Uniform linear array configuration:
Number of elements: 48
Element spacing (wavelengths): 0.5
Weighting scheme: hann
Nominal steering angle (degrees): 30
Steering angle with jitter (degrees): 30.272
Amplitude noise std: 0.05
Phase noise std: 0.05

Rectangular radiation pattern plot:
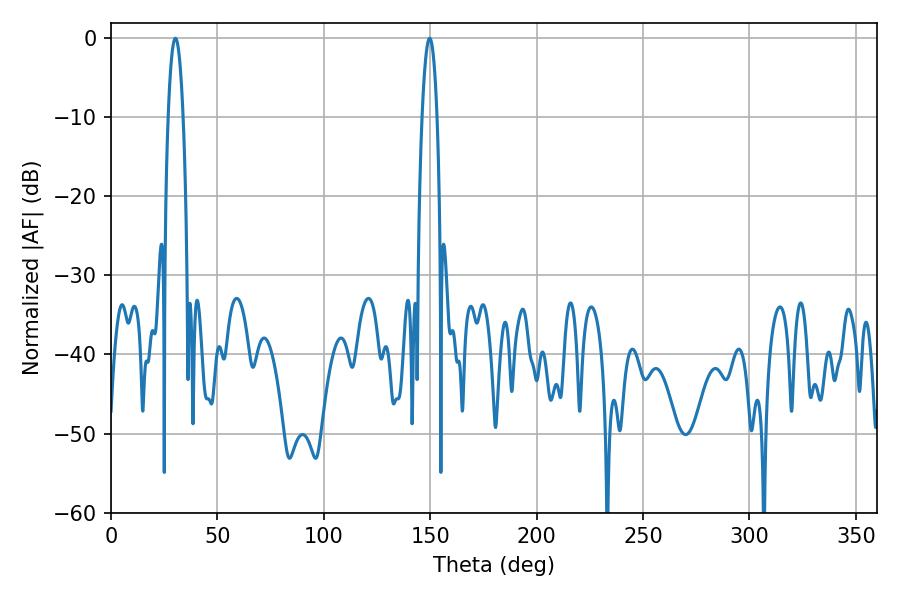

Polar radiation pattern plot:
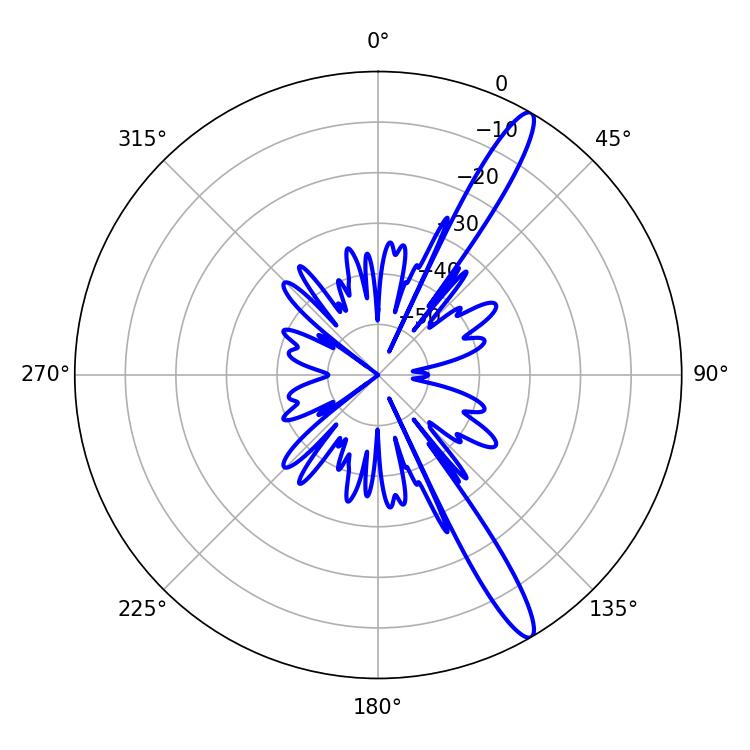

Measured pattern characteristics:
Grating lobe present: FALSE
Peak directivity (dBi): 14.303
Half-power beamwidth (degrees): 3.78
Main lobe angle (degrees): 30.24